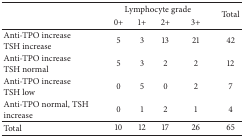
| <ROWSPAN=2>  | <COLSPAN=4> Lymphocyte grade | <ROWSPAN=2> Total |
 | 0+ | 1+ | 2+ | 3+ |
 | --- | --- | --- | --- | --- | --- |
 | Anti-TPO increaseTSH increase | 5 | 3 | 13 | 21 | 42 |
 | Anti-TPO increaseTSH normal | 5 | 3 | 2 | 2 | 12 |
 | Anti-TPO increaseTSH low | 0 | 5 | 0 | 2 | 7 |
 | Anti-TPO normal, TSH increase | 0 | 1 | 2 | 1 | 4 |
 | Total | 10 | 12 | 17 | 26 | 65 |